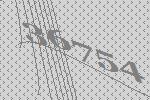
36754